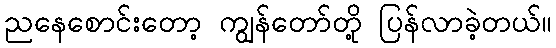
ညနေစောင်းတော့ ကျွန်တော်တို့ ပြန်လာခဲ့တယ်။